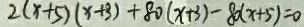
2 ( x + 5 ) ( x + 3 ) + 8 0 ( x + 3 ) - 8 0 ( x + 5 ) = 0